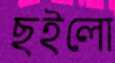
ছইলো